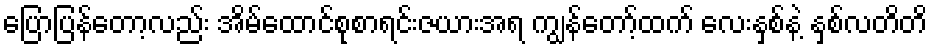
ပြောပြန်တော့လည်း အိမ်ထောင်စုစာရင်းဇယားအရ ကျွန်တော့်ထက် လေးနှစ်နဲ့ နှစ်လတိတိ